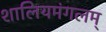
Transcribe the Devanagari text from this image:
शालियमंगलम्‌